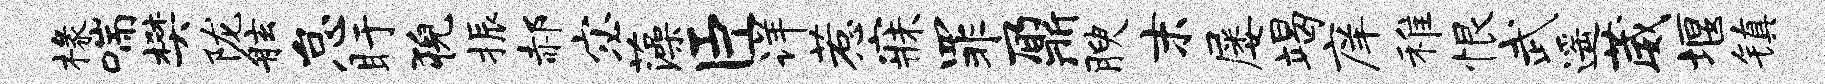
椽喘樊陇舷怠盱猊振郝宓藻臣详惹寐罪鼐腴末屡竭庠稚恨武遥葳堰镇